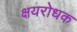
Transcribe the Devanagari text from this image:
क्षयरोधक